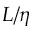
L / \eta